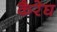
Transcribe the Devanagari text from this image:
कैरेघ